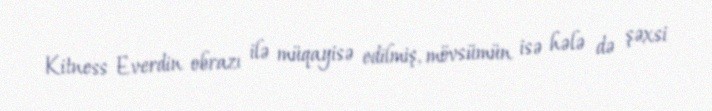
Kitness Everdin obrazı ilə müqayisə edilmiş, mövsümün isə hələ də şəxsi